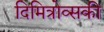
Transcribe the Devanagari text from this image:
दिमित्रोव्सकी